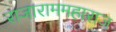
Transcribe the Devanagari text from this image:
राजाराममहाराज